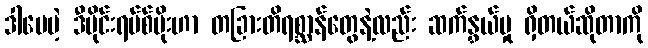
ဒါပေမဲ့ ဒီဗိုင်းရပ်စ်ပိုးဟာ တခြားတိရစ္ဆာန်တွေနဲ့လည်း ဆက်နွှယ်မှု ရှိတယ်ဆိုတာကို